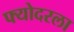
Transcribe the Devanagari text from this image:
फ्योदरला